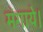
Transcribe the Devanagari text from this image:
मंगाये।